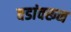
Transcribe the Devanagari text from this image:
वडांवरून